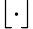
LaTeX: \lfloor\cdot\rfloor